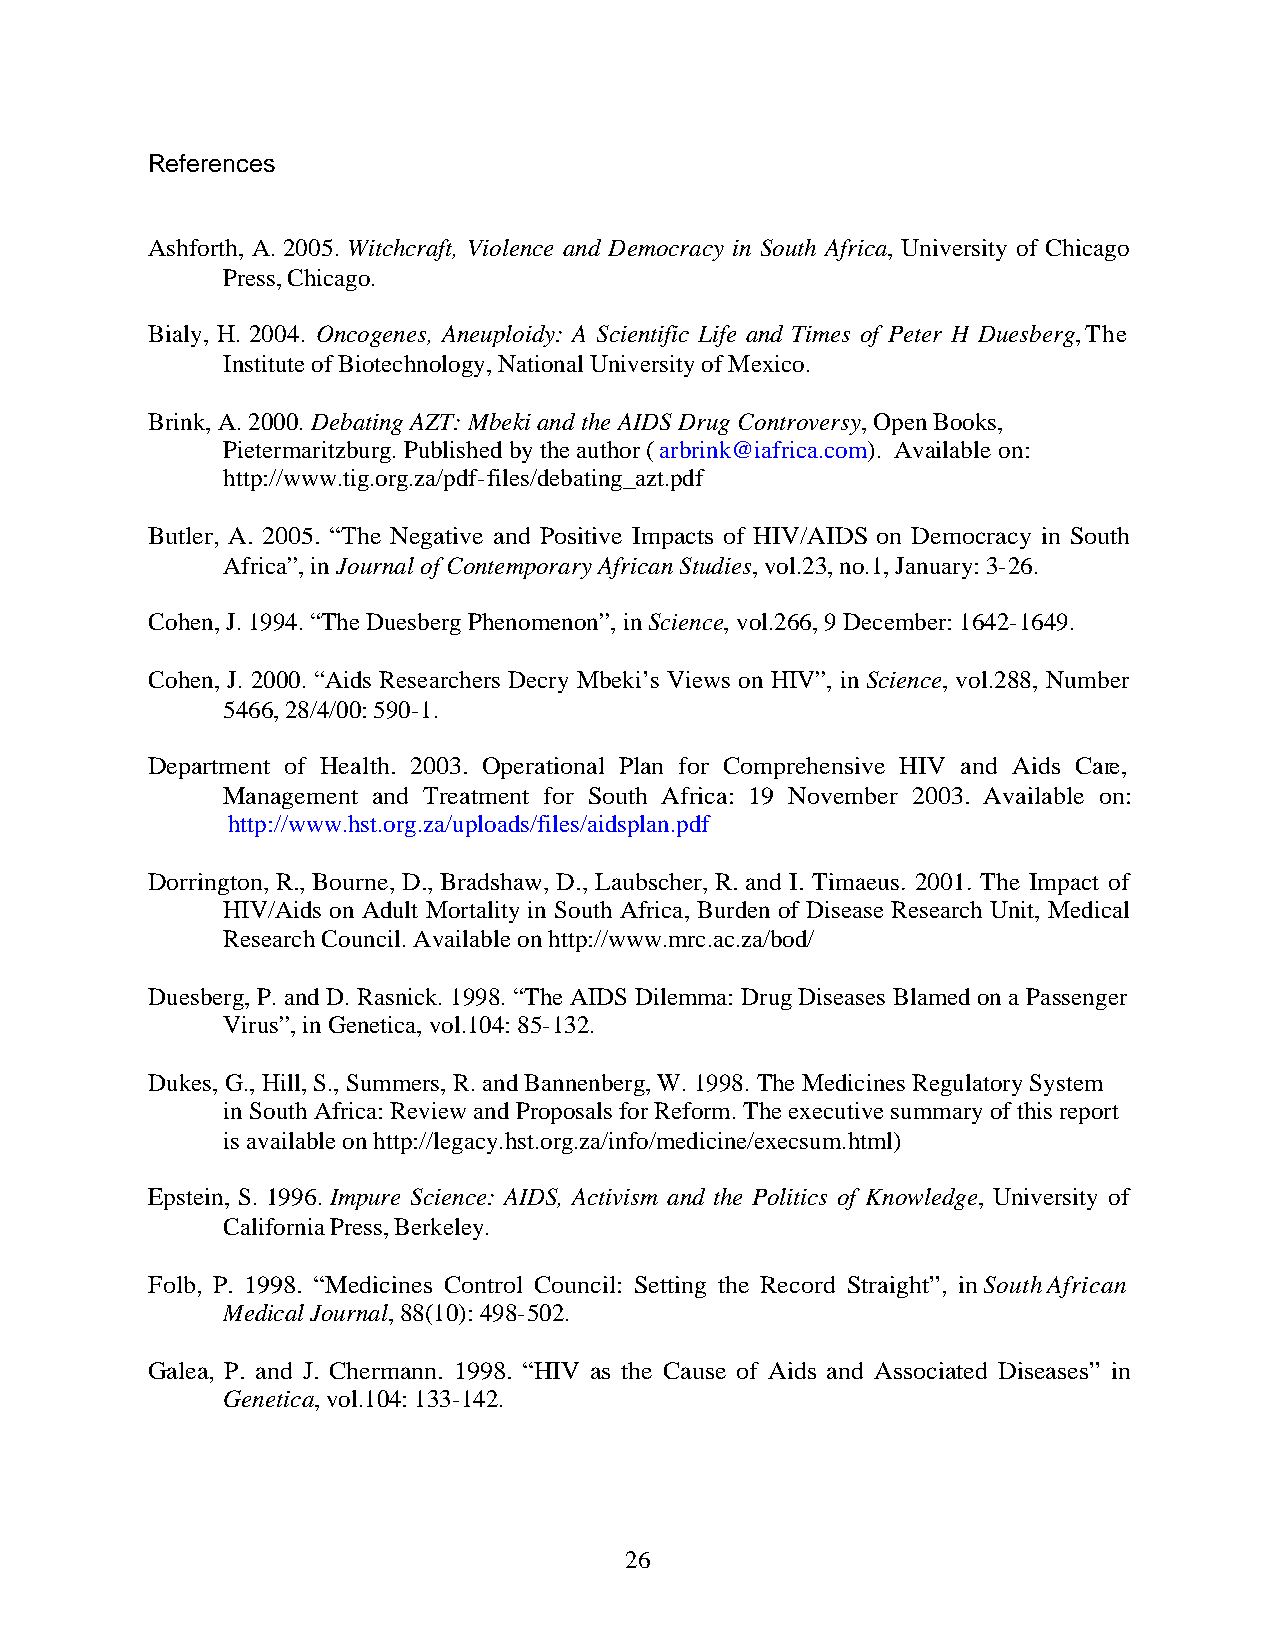
References
 Ashforth, A. 2005. Witchcraft, Violence and Democracy in South Africa, University of Chicago
 Press, Chicago.
 Bialy, H. 2004. Oncogenes, Aneuploidy: A Scientific Life and Times of Peter H Duesberg, The
 Institute of Biotechnology, National University of Mexico.
 Brink, A. 2000. Debating AZT: Mbeki and the AIDS Drug Controversy, Open Books,
 Pietermaritzburg. Published by the author (arbrink@iafrica.com). Available on:
 http://www.tig.org.za/pdf-files/debating_azt.pdf
 Butler, A. 2005. “The Negative and Positive Impacts of HIV/AIDS on Democracy in South
 Africa”, in Journal of Contemporary African Studies, vol.23, no.1, January: 3-26.
 Cohen, J. 1994. “The Duesberg Phenomenon”, in Science, vol.266, 9 December: 1642-1649.
 Cohen, J. 2000. “Aids Researchers Decry Mbeki’s Views on HIV”, in Science, vol.288, Number
 5466, 28/4/00: 590-1.
 Department of Health. 2003. Operational Plan for Comprehensive HIV and Aids Care,
 Management and Treatment for South Africa: 19 November 2003. Available on:
 http://www.hst.org.za/uploads/files/aidsplan.pdf
 Dorrington, R., Bourne, D., Bradshaw, D., Laubscher, R. and I. Timaeus. 2001. The Impact of
 HIV/Aids on Adult Mortality in South Africa, Burden of Disease Research Unit, Medical
 Research Council. Available on http://www.mrc.ac.za/bod/
 Duesberg, P. and D. Rasnick. 1998. “The AIDS Dilemma: Drug Diseases Blamed on a Passenger
 Virus”, in Genetica, vol.104: 85-132.
 Dukes, G., Hill, S., Summers, R. and Bannenberg, W. 1998. The Medicines Regulatory System
 in South Africa: Review and Proposals for Reform. The executive summary of this report
 is available on http://legacy.hst.org.za/info/medicine/execsum.html)
 Epstein, S. 1996. Impure Science: AIDS, Activism and the Politics of Knowledge, University of
 California Press, Berkeley.
 Folb, P. 1998. “Medicines Control Council: Setting the Record Straight”, in South African
 Medical Journal, 88(10): 498-502.
 Galea, P. and J. Chermann. 1998. “HIV as the Cause of Aids and Associated Diseases” in
 Genetica, vol.104: 133-142.
 26